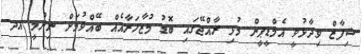
ޝިފާޒް ވިދާޅުވީ އެމްޑީޕީން މުޅި ރާއްޖޭގައި ބޮޑު މުޒާހަރާއެއް ބޭއްވުމަށް ނިންމީ އދ.